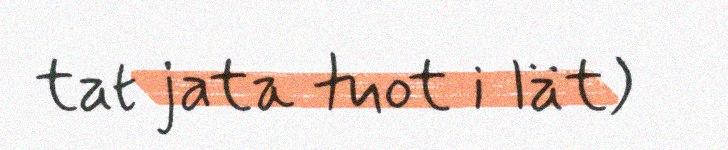
tat jata tuot i Iät)